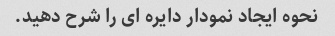
نحوه ایجاد نمودار دایره ای را شرح دهید.